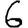
Digit: 6